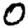
Digit: 0